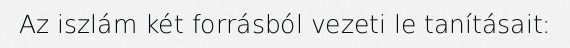
Az iszlám két forrásból vezeti le tanításait: